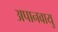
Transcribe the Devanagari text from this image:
अपानवायु